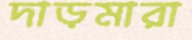
দাড়মারা